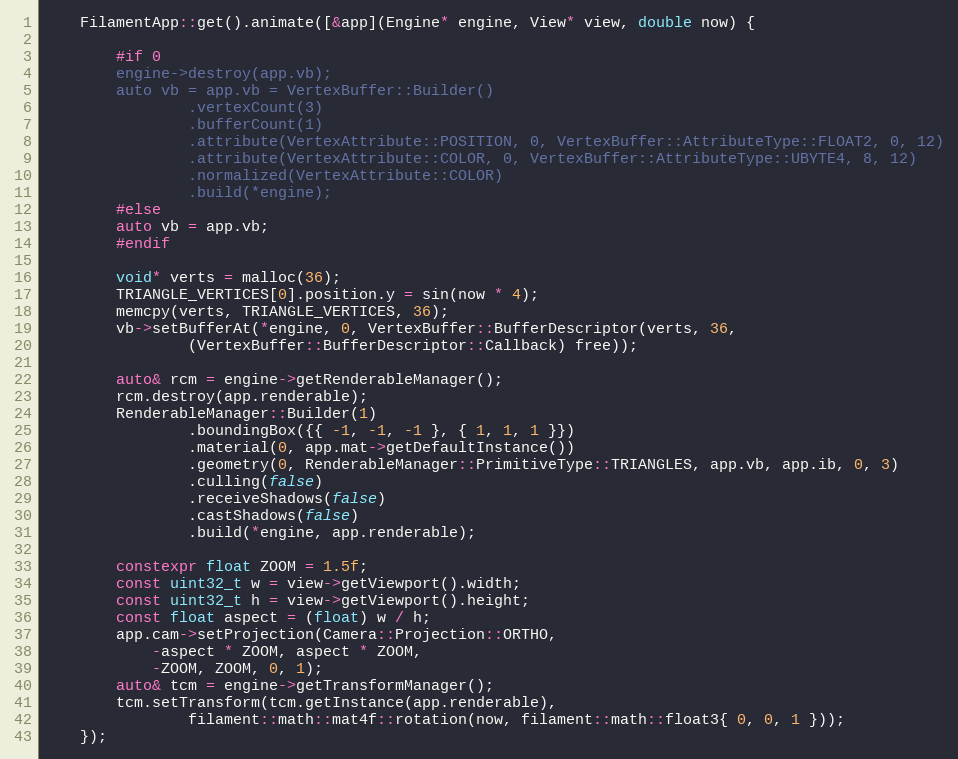
Language: C++
    FilamentApp::get().animate([&app](Engine* engine, View* view, double now) {

        #if 0
        engine->destroy(app.vb);
        auto vb = app.vb = VertexBuffer::Builder()
                .vertexCount(3)
                .bufferCount(1)
                .attribute(VertexAttribute::POSITION, 0, VertexBuffer::AttributeType::FLOAT2, 0, 12)
                .attribute(VertexAttribute::COLOR, 0, VertexBuffer::AttributeType::UBYTE4, 8, 12)
                .normalized(VertexAttribute::COLOR)
                .build(*engine);
        #else
        auto vb = app.vb;
        #endif

        void* verts = malloc(36);
        TRIANGLE_VERTICES[0].position.y = sin(now * 4);
        memcpy(verts, TRIANGLE_VERTICES, 36);
        vb->setBufferAt(*engine, 0, VertexBuffer::BufferDescriptor(verts, 36,
                (VertexBuffer::BufferDescriptor::Callback) free));

        auto& rcm = engine->getRenderableManager();
        rcm.destroy(app.renderable);
        RenderableManager::Builder(1)
                .boundingBox({{ -1, -1, -1 }, { 1, 1, 1 }})
                .material(0, app.mat->getDefaultInstance())
                .geometry(0, RenderableManager::PrimitiveType::TRIANGLES, app.vb, app.ib, 0, 3)
                .culling(false)
                .receiveShadows(false)
                .castShadows(false)
                .build(*engine, app.renderable);

        constexpr float ZOOM = 1.5f;
        const uint32_t w = view->getViewport().width;
        const uint32_t h = view->getViewport().height;
        const float aspect = (float) w / h;
        app.cam->setProjection(Camera::Projection::ORTHO,
            -aspect * ZOOM, aspect * ZOOM,
            -ZOOM, ZOOM, 0, 1);
        auto& tcm = engine->getTransformManager();
        tcm.setTransform(tcm.getInstance(app.renderable),
                filament::math::mat4f::rotation(now, filament::math::float3{ 0, 0, 1 }));
    });